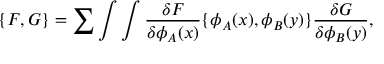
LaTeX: \{ F , G \} = \sum \int \int { \frac { \delta F } { \delta \phi _ { A } ( x ) } } \{ \phi _ { A } ( x ) , \phi _ { B } ( y ) \} { \frac { \delta G } { \delta \phi _ { B } ( y ) } } ,